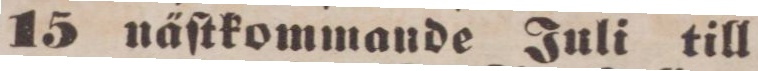
15 näſtkommande Juli till